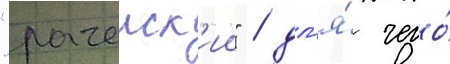
"рачеиск'ии" / дл'я́ чего́